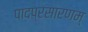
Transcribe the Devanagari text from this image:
पादप्रसारणम्